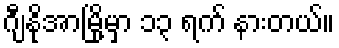
ဂျီနိုအာမြို့မှာ ၁၃ ရက် နားတယ်။